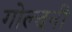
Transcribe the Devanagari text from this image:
गोल्दनी